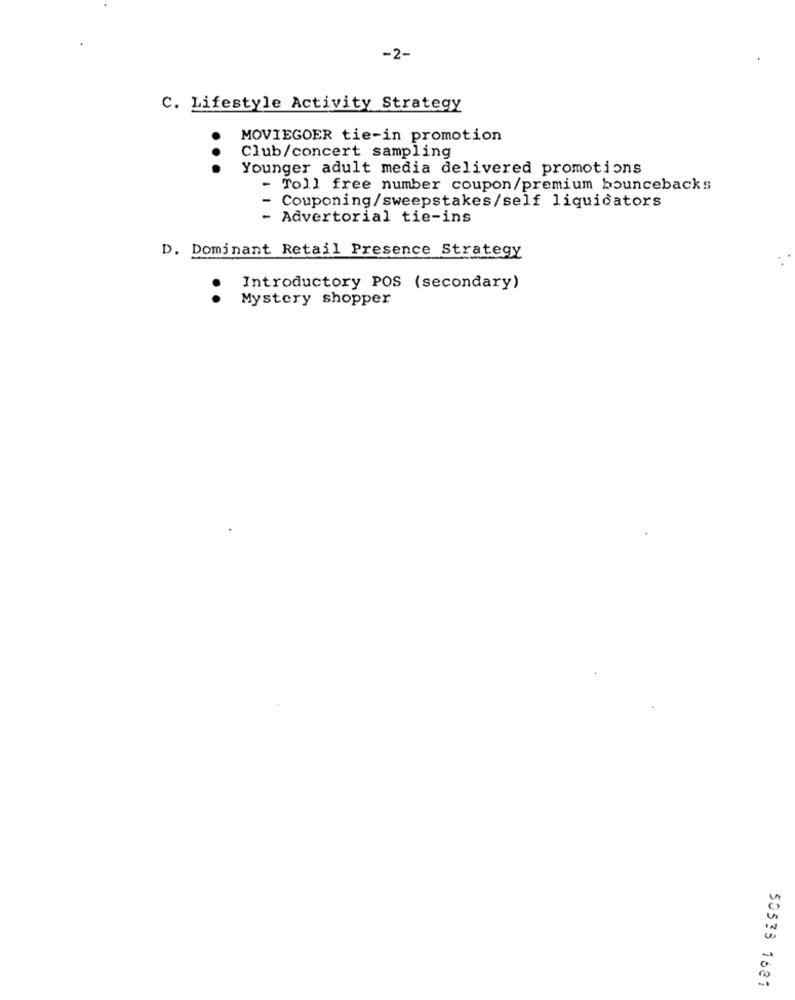
-2-
C. Lifestyle Activity Strategy
MOVIEGOER tie-in promotion
Club/concert sampling
...
Younger adult media delivered promotions
- Toll free number coupon/premium bouncebacks
Couponing/sweepstakes/self liquidators
- Advertorial tie-ins
D. Dominant Retail Presence Strategy
.
Introductory POS (secondary)
Mystery shopper
50533 1621